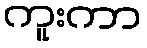
ကူးကာ